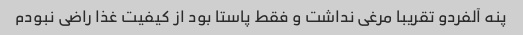
پنه آلفردو تقریبا مرغی نداشت و فقط پاستا بود از کیفیت غذا راضی نبودم